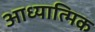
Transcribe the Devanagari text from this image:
आध्‍यात्मिक